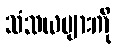
သံသယများကို